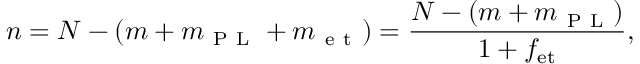
n = N - ( m + m _ { \mathrm { ~ P ~ L ~ } } + m _ { \mathrm { ~ e ~ t ~ } } ) = \frac { N - ( m + m _ { \mathrm { ~ P ~ L ~ } } ) } { 1 + f _ { \mathrm { e t } } } ,